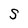
Character: S